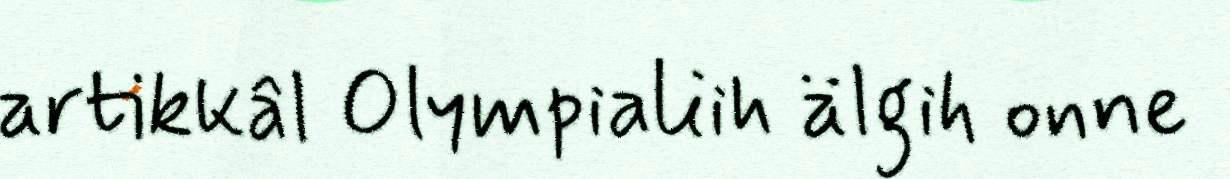
artikkâl Olympialiih älgih onne